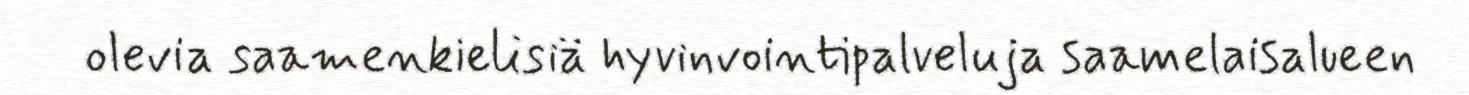
olevia saamenkielisiä hyvinvointipalveluja saamelaisalueen